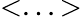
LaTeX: <...>